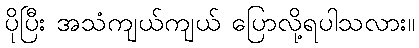
ပိုပြီး အသံကျယ်ကျယ် ပြောလို့ရပါသလား။